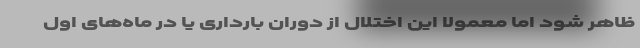
ظاهر شود اما معمولا این اختلال از دوران بارداری یا در ماه‌های اول